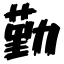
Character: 勤